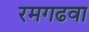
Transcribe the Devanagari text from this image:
रमगढवा